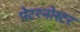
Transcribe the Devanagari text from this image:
पेटरनोस्टर